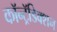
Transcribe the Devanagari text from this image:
कॉन्ट्रॅडिक्शन